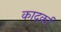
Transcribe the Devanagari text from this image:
कार्द्का